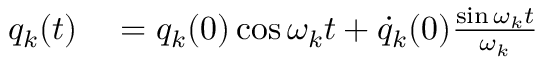
\begin{array} { r l } { q _ { k } ( t ) } & { { } = q _ { k } ( 0 ) \cos \omega _ { k } t + \dot { q } _ { k } ( 0 ) \frac { \sin \omega _ { k } t } { \omega _ { k } } } \end{array}